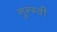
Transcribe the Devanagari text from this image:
नुन्ग्वी